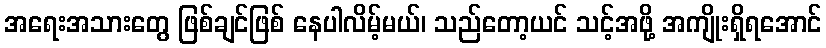
အရေးအသားတွေ ဖြစ်ချင်ဖြစ် နေပါလိမ့်မယ်၊ သည်တော့ယင် သင့်အဖို့ အကျိုးရှိရအောင်